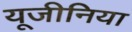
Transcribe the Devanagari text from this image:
यूजीनिया